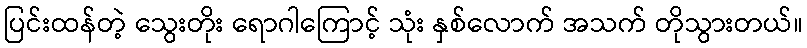
ပြင်းထန်တဲ့ သွေးတိုး ရောဂါကြောင့် သုံး နှစ်လောက် အသက် တိုသွားတယ်။